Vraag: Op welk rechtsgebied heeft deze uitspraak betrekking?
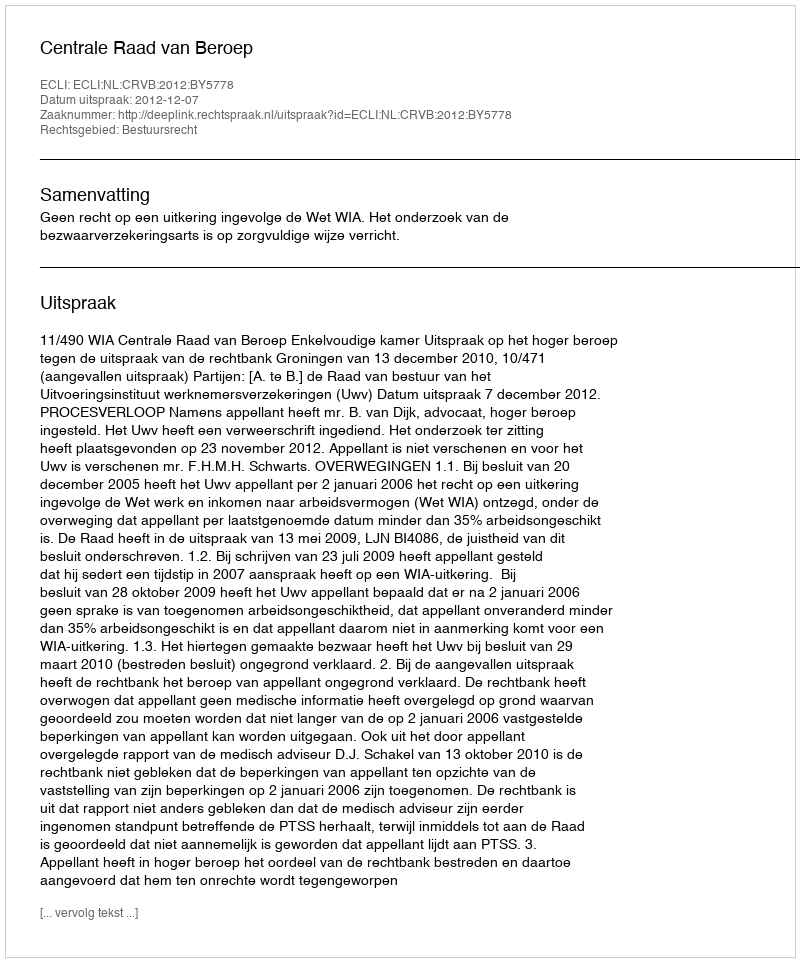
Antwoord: Bestuursrecht